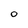
Character: O